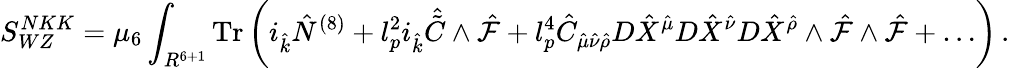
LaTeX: S_{WZ}^{NKK}=\mu_{6}\int_{R^{6+1}}\mathrm{Tr}\left(i_{\hat{k}}{\hat{N}}^{(8)}+l_{p}^{2}i_{\hat{k}}{\hat{\tilde{C}}}\wedge{\hat{\cal F}}+l_{p}^{4}{\hat{C}}_{{\hat{\mu}}{\hat{\nu}}{\hat{\rho}}}D{\hat{X}}^{\hat{\mu}}D{\hat{X}}^{\hat{\nu}}D{\hat{X}}^{\hat{\rho}}\wedge{\hat{\cal F}}\wedge{\hat{\cal F}}+\dots\right)\, .